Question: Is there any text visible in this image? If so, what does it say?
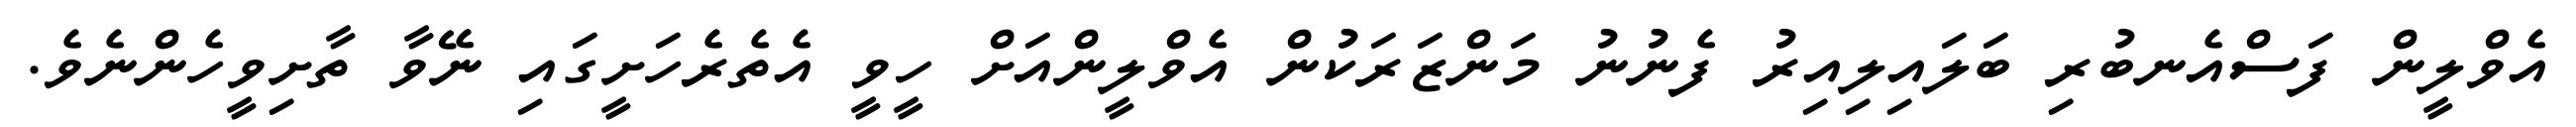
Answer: އެވްލީން ފަސްއެނބުރި ބަލައިލިއިރު ފެނުނު މަންޒަރަކުން އެވްލީންއަށް ހީވީ އެތެރެހަށީގައި ނޭވާ ތާށިވީހެންނެވެ.